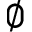
\varnothing